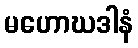
မဟောဃဒါနံ